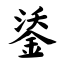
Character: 鋈